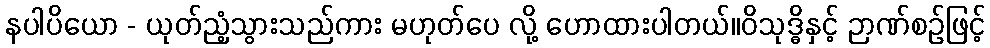
နပါပိယော - ယုတ်ညံ့သွားသည်ကား မဟုတ်ပေ လို့ ဟောထားပါတယ်။ဝိသုဒ္ဓိနှင့် ဉာဏ်စဉ်ဖြင့်